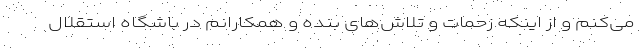
می‌کنم و از اینکه زحمات و تلاش‌های بنده و همکارانم در باشگاه استقلال